Insane asylums in Bengal annual reports 1867-1875 - 1867-1875
Year: 1867
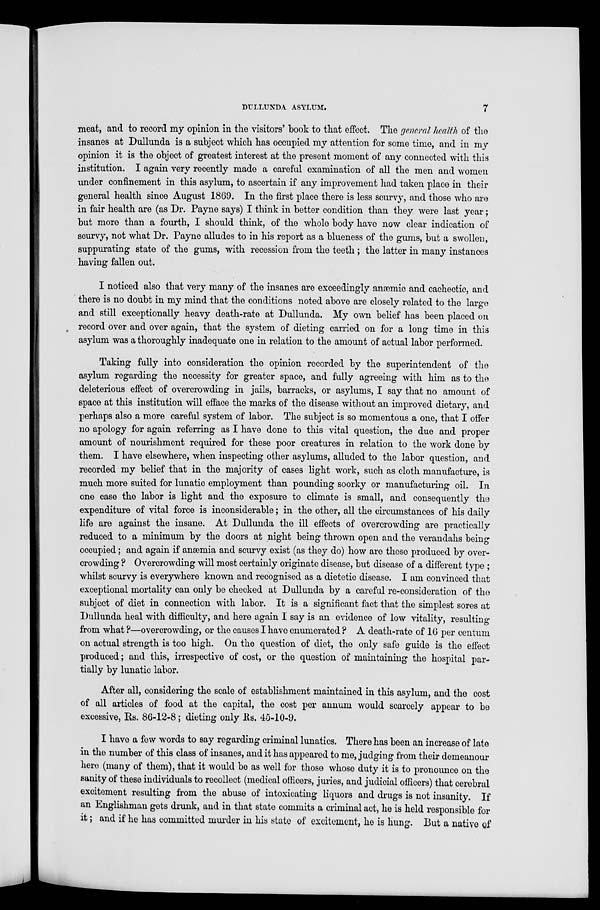
DULLUNDA ASYLUM.
7
meat, and to record my opinion in the visitors' book to that effect. The general health of the
insanes at Dullunda is a subject which has occupied my attention for some time, and in my
opinion it is the object of greatest interest at the present moment of any connected with this
institution. I again very recently made a careful examination of all the men and women
under confinement in this asylum, to ascertain if any improvement had taken place in their
general health since August 1869. In the first place there is less scurvy, and those who are
in fair health are (as Dr. Payne says) I think in better condition than they were last year;
but more than a fourth, I should think, of the whole body have now clear indication of
scurvy, not what Dr. Payne alludes to in his report as a blueness of the gums, but a swollen,
suppurating state of the gums, with recession from the teeth; the latter in many instances
having fallen out.
I noticed also that very many of the insanes are exceedingly anæmic and cachectic, and
there is no doubt in my mind that the conditions noted above are closely related to the large
and still exceptionally heavy death-rate at Dullunda. My own belief has been placed on
record over and over again, that the system of dieting carried on for a long time in this
asylum was a thoroughly inadequate one in relation to the amount of actual labor performed.
Taking fully into consideration the opinion recorded by the superintendent of the
asylum regarding the necessity for greater space, and fully agreeing with him as to the
deleterious effect of overcrowding in jails, barracks, or asylums, I say that no amount of
space at this institution will efface the marks of the disease without an improved dietary, and
perhaps also a more careful system of labor. The subject is so momentous a one, that I offer
no apology for again referring as I have done to this vital question, the due and proper
amount of nourishment required for these poor creatures in relation to the work done by
them. I have elsewhere, when inspecting other asylums, alluded to the labor question, and
recorded my belief that in the majority of cases light work, such as cloth manufacture, is
much more suited for lunatic employment than pounding soorky or manufacturing oil. In
one case the labor is light and the exposure to climate is small, and consequently the
expenditure of vital force is inconsiderable; in the other, all the circumstances of his daily
life are against the insane. At Dullunda the ill effects of overcrowding are practically
reduced to a minimum by the doors at night being thrown open and the verandahs being
occupied; and again if anæmia and scurvy exist (as they do) how are these produced by over-
crowding ? Overcrowding will most certainly originate disease, but disease of a different type ;
whilst scurvy is everywhere known and recognised as a dietetic disease. I am convinced that
exceptional mortality can only be checked at Dullunda by a careful re-consideration of the
subject of diet in connection with labor. It is a significant fact that the simplest sores at
Dullunda heal with difficulty, and here again I say is an evidence of low vitality, resulting
from what ?—overcrowding, or the causes I have enumerated ? A death-rate of 16 per centum
on actual strength is too high. On the question of diet, the only safe guide is the effect
produced; and this, irrespective of cost, or the question of maintaining the hospital par-
tially by lunatic labor.
After all, considering the scale of establishment maintained in this asylum, and the cost
of all articles of food at the capital, the cost per annum would scarcely appear to be
excessive, Rs. 86-12-8; dieting only Rs. 45-10-9.
I have a few words to say regarding criminal lunatics. There has been an increase of late
in the number of this class of insanes, and it has appeared to me, judging from their demeanour
here (many of them), that it would be as well for those whose duty it is to pronounce on the
sanity of these individuals to recollect (medical officers, juries, and judicial officers) that cerebral
excitement resulting from the abuse of intoxicating liquors and drugs is not insanity. If
an Englishman gets drunk, and in that state commits a criminal act, he is held responsible for
it; and if he has committed murder in his state of excitement, he is hung. But a native of